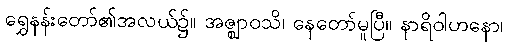
ရွှေနန်းတော်၏အလယ်၌။ အဇ္ဈာဝသိ၊ နေတော်မူပြီ။ နာရိဝါဟနော၊